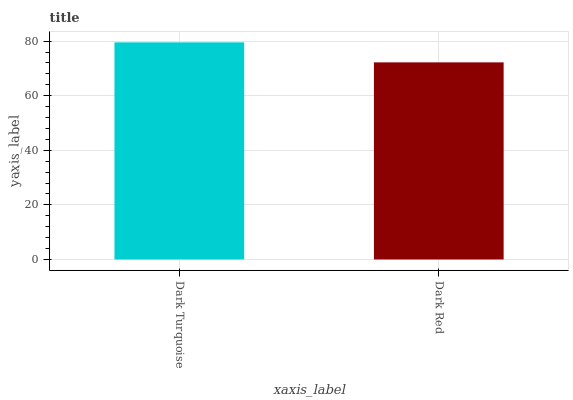
| xaxis_label | bars |
 | --- | --- |
 | Dark Turquoise | 79.6 |
 | Dark Red | 72.2 |